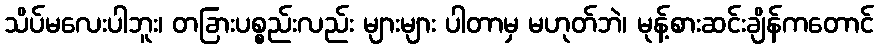
သိပ်မလေးပါဘူး၊ တခြားပစ္စည်းလည်း များများ ပါတာမှ မဟုတ်ဘဲ၊ မုန့်စားဆင်းချိန်ကတောင်